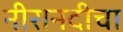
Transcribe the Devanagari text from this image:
नीरानदीचा